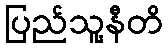
ပြည်သူ့နီတိ